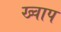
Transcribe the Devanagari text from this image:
ख्वाप